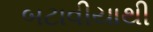
બટાવીયાથી